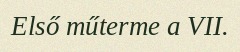
Első műterme a VII.